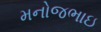
મનોજભાઇ